Lunatic asylums Punjab 1868-1880 - 1868-1880
Year: 1868
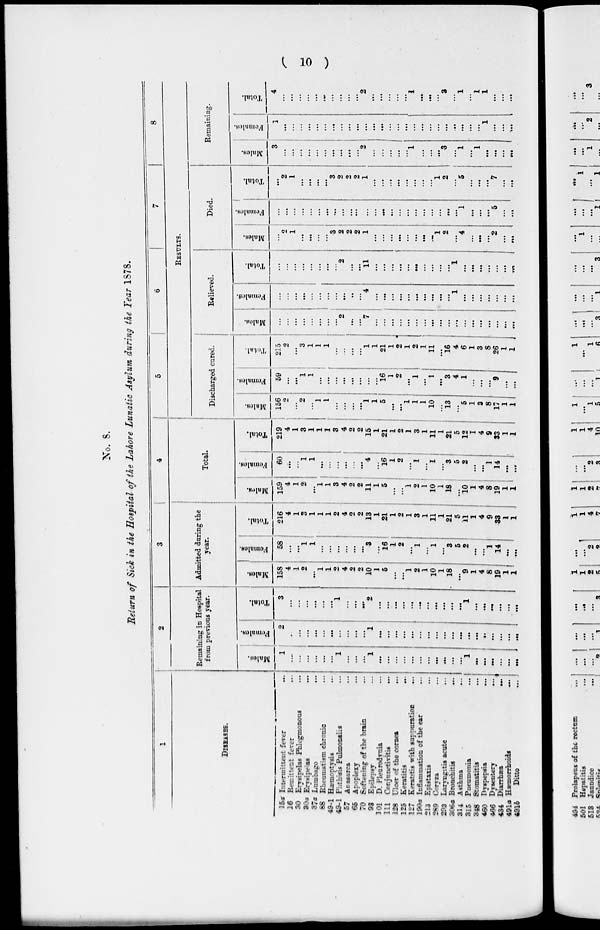
(10)
No. 8.
Return of Sid in the Hospital of the Lahore Lunatic Asylum during ike Tear 1878.
1
DISEASES
15a
16
30
20a
37a
68
49-1
49-1
57
65
70
93
101
111
123
125
127
190a
213
289
293
306a
314
315
368
460
466
434
401a
494b
Intermittent
fever
...
Remittent ferer ...
Erysipelas
Phlegmonous
...
Erysipelas ...
Lumbago
...
Rheumatism chrenic ...
Hæmoptysis ...
Phthisis Pulmonalis ...
Anasarea ...
Apoplexy ...
Softening of the brain ...
Epilepsy ...
D. Pleurodynia ...
Conjuunetivitis
...
Ulcer of the coraes ...
Keratitis ...
Keratitis with supputation. ...
Inflammation of the ear ...
Epistaxis ...
Coryza ...
Laryngitis acute ...
Bronchistis ...
Asthma ...
Pnenmonia ...
Stomatitis ...
Dyspepsia
...
Dysentery
...
Diarrhæa ...
Hæmorrhoids
...
Ditto
...
2
Remaining in Hospital
from previous year.
Males.
1
...
...
...
...
...
...
1
...
...
...
1
...
...
...
...
...
...
...
...
...
...
...
1
...
...
...
...
...
...
Females.
2
...
...
...
...
...
...
...
...
...
...
1
...
...
...
...
...
...
...
...
...
...
...
...
...
...
...
...
...
...
Total.
3
...
...
...
...
...
...
1
...
...
...
2
...
...
...
...
...
...
...
...
...
...
...
1
...
...
...
...
...
...
3
Admitted daring the
year.
Males
158
4
1
2
...
1
1
2
4
2
2
10
1
5
...
...
1
2
1
10
1
18
...
9
1
4
8
19
1
1
Females.
58
...
...
1
1
...
...
...
...
...
...
3
...
16
1
2
...
1
...
1
...
3
5
2
...
...
1
14
...
...
Total.
216
4
1
3
1
1
1
2
4
2
2
13
1
21
1
2
1
3
1
11
1
21
5
11
1
4
9
33
1
1
4
Total.
Males.
159
4
1
2
...
1
1
3
4
2
2
11
1
5
...
...
1
2
1
10
1
18
...
10
1
4
8
19
1
1
Females.
60
...
...
1
1
...
...
...
...
...
...
4
...
16
1
2
...
1
...
1
...
3
5
2
...
...
1
14
...
...
Total.
219
4
1
3
1
1
1
3
4
2
2
15
1
21
1
2
1
3
1
11
1
21
5
12
1
4
9
33
1
1
5
6
7
8
RESULTS.
Discharged cared.
Males.
156
2
...
2
...
1
1
...
...
...
...
1
1
5
...
...
1
1
1
10
...
13
...
5
1
3
8
17
1
11
Females.
59
...
...
1
1
...
...
...
...
...
...
...
...
16
1
2
...
1
...
I
...
3
4
1
...
...
...
9
...
...
Total.
215
2
...
3
1
1
1
...
...
...
...
1
1
21
1
2
1
2
1
11
...
16
4
6
1
3
8
26
1
1
Relieved.
Males.
...
...
...
...
...
...
...
...
2
...
...
7
...
...
...
...
...
...
...
...
...
...
...
...
...
...
...
...
...
...
Females.
...
...
...
...
...
...
...
...
...
...
...
4
...
...
...
...
...
...
...
...
...
...
1
...
...
...
...
...
...
...
Total.
...
...
...
...
...
...
...
...
2
...
...
11
...
...
...
...
...
...
...
...
...
...
1
...
...
...
...
...
...
...
Died.
Males.
...
2
1
...
...
...
...
3
2
2
2
1
...
...
...
...
...
...
...
...
1
2
...
4
...
...
...
2
...
...
Females.
...
...
...
...
...
...
...
...
...
...
...
...
...
...
...
...
...
...
...
...
...
...
...
1
...
...
...
5
...
...
Total.
...
2
1
...
...
...
...
3
2
2
2
1
...
...
...
...
...
...
...
...
1
2
...
5
...
...
...
7
...
...
Remaining.
Males.
3
...
...
...
. ...
...
...
...
...
...
2
...
...
...
...
...
1
...
...
...
3
...
1
...
1
...
...
...
...
Females.
1
...
...
...
...
...
...
...
...
...
...
...
...
...
...
...
...
...
...
...
...
...
...
...
...
...
1
...
...
...
Total.
4
...
...
...
...
...
...
...
...
...
...
2
...
...
...
...
...
1
...
...
...
3
...
1
...
1
1
...
...
...